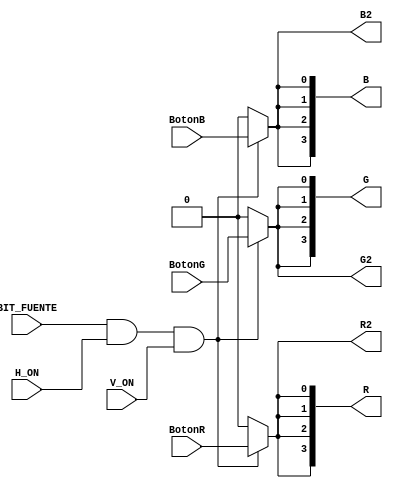
`timescale 1ns / 1ps


module RGB1(  //inicia el modulo RGB, define sus entradas y salidas respectivas
    output wire [3:0] R,
    output wire [3:0] G,
    output wire [3:0] B,
    input BotonR,//BotonR, BotonG y BotonB son los switch donde el usuario puede escojer el color que desea
    input BotonG,
    input BotonB,
    input wire BIT_FUENTE,//es la salida del circuito de texto
    input wire H_ON,//H_ON y V_ON nos indican si el pixel esta en la zona de display
    input wire V_ON,
    output  R2,
    output  G2,
    output  B2
    );
    
    wire Tierra = 1'b0; 
    wire SalidaMUXR,SalidaMUXG,SalidaMUXB;
    wire Seleccion =  BIT_FUENTE &  H_ON &  V_ON;//compuerta AND de BIT_FUENTE, H_ON y V_ON
    
   
    
       assign SalidaMUXR = Seleccion ? BotonR : Tierra;
       assign SalidaMUXG = Seleccion ? BotonG : Tierra;
       assign SalidaMUXB = Seleccion ? BotonB : Tierra;
       
  /*Salidas al puerto VGA*/     
    assign R = {SalidaMUXR,SalidaMUXR,SalidaMUXR,SalidaMUXR};
    assign G = {SalidaMUXG,SalidaMUXG,SalidaMUXG,SalidaMUXG};
    assign B = {SalidaMUXB,SalidaMUXB,SalidaMUXB,SalidaMUXB};

 /*Salidas para la medicion en analizador logico*/
    assign R2 = SalidaMUXR;
    assign G2 = SalidaMUXG;
    assign B2 = SalidaMUXB;


    
    
    
endmodule